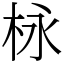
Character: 栐